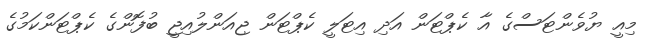
މިއީ ޔުވެންޓަސްގެ އާ ކެޕްޓަން އަދި އިޓަލީ ކެޕްޓަން ޖިއަންލުއިޖީ ބުފޮންގެ ކެޕްޓަންކަމުގެ